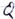
Text: Q